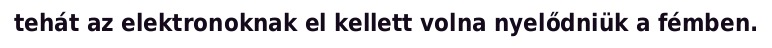
tehát az elektronoknak el kellett volna nyelődniük a fémben.